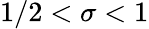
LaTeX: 1/2<\sigma<1